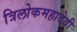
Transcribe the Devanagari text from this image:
त्रिलोकमहादेवी